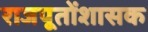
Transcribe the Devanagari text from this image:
राजपूतोंशासक